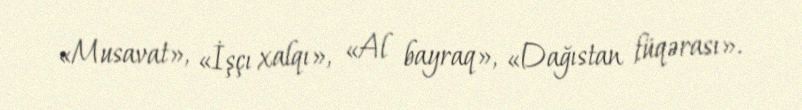
«Musavat», «İşçı xalqı», «Al bayraq», «Dağıstan füqərası».